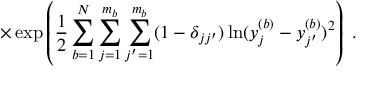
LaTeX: \times \exp \left( \frac { 1 } { 2 } \sum _ { b = 1 } ^ { N } \sum _ { j = 1 } ^ { m _ { b } } \sum _ { j ^ { \prime } = 1 } ^ { m _ { b } } ( 1 - \delta _ { j j ^ { \prime } } ) \ln ( y _ { j } ^ { ( b ) } - y _ { j ^ { \prime } } ^ { ( b ) } ) ^ { 2 } \right) \; .